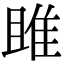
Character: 雎